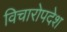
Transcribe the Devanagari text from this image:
विचारोपदेश